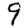
Digit: 9